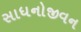
સાધનોજીવન